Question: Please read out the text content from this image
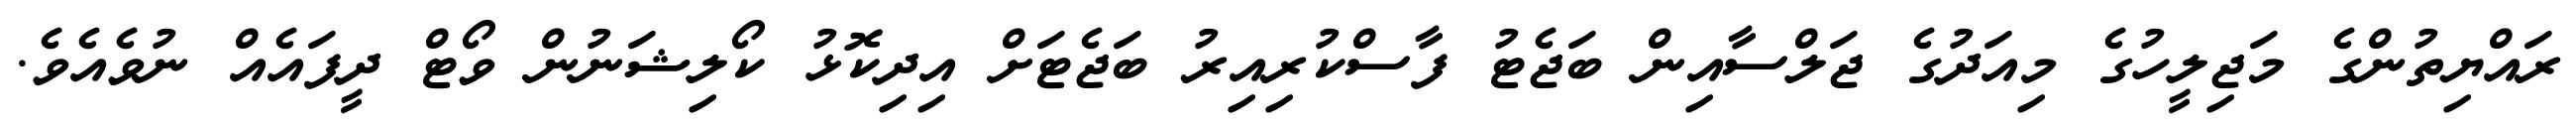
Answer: ރައްޔިތުންގެ މަޖިލީހުގެ މިއަދުގެ ޖަލްސާއިން ބަޖެޓު ފާސްކުރިއިރު ބަޖެޓަށް އިދިކޮޅު ކޯލިޝަނުން ވޯޓް ދީފައެއް ނުވެއެވެ.